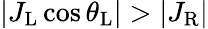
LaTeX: |J_{\mathrm{L}}\cos{\theta_{\mathrm{L}}}|>|J_{\mathrm{R}}|